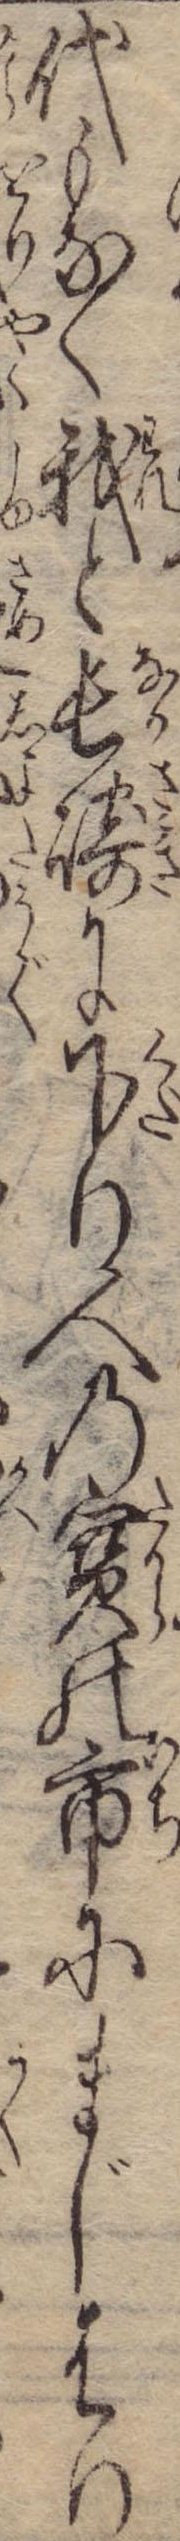
代もなく我と長崎に下り人の宝の市にまじはり